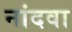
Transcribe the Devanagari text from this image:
नांदवा